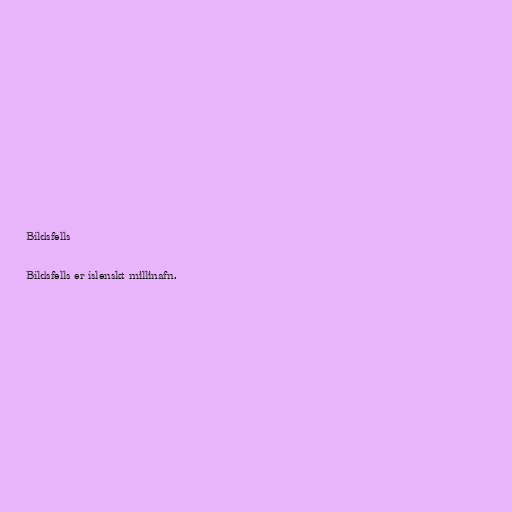
Bíldsfells

Bíldsfells er íslenskt millinafn.